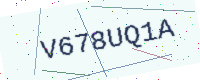
Text: V678UQ1A